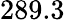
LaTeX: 289.3